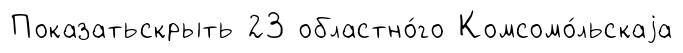
Показатьскрыть 23 областно́го Комсомо́льскаjа